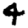
Digit: 4